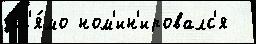
пр'я́мо ном'ин'ировалс'я